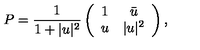
P = \frac { 1 } { 1 + | u | ^ { 2 } } \left( \begin{array} { c c } { 1 } & { \bar { u } } \\ { u } & { | u | ^ { 2 } } \\ \end{array} \right) ,